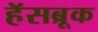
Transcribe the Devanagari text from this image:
हॅसब्रूक